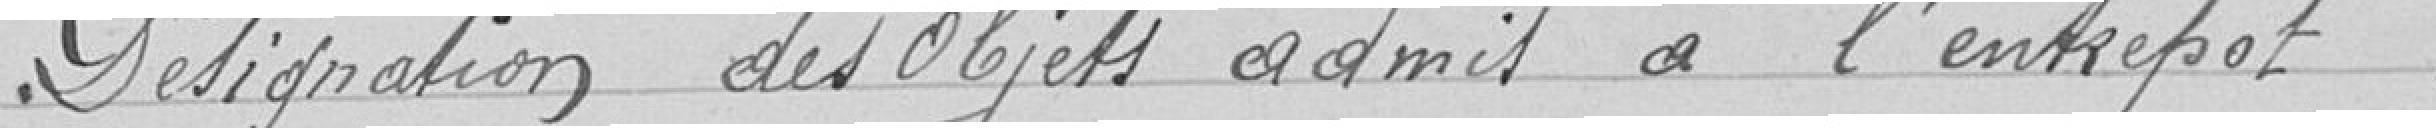
Désignation des objets admis à l'entrepôt